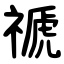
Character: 禠